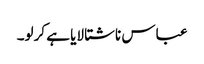
عباس ناشتا لایا ہے کرلو۔